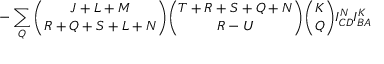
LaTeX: - \sum _ { Q } { \binom { J + L + M } { R + Q + S + L + N } } { \binom { T + R + S + Q + N } { R - U } } { \binom { K } { Q } } I _ { C D } ^ { N } I _ { B A } ^ { K }